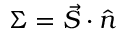
\Sigma = \vec { S } \cdot \hat { n }